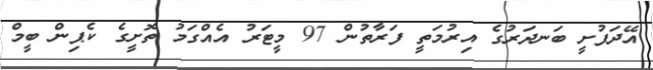
އޭދަފުށީ ބަނދަރުގެ އިރުމަތީ ފަރާތުން 97 މީޓަރު އެއްގަމު ތޮށީގެ ކެޕިން ބީމް